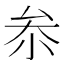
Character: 𠫭